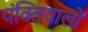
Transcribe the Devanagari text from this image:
पंक्तिवालों